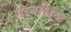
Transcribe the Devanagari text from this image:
मानसिक